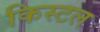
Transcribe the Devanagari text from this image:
किस्टल